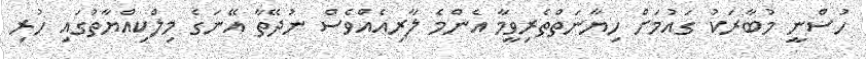
ހުސްނީ މުބާރަކު ގައުމަށް ހިޔާނަތްތެރިވީމާ އެންމެ ލާރިއެއްވެސް ނުދޭތާ އޭނަގެ މިލްކިއްޔާތުގައި ހުރި